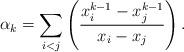
LaTeX: \begin{align*}\alpha_k = \sum_{i<j}\left(\frac{x_i^{k-1}-x_j^{k-1}}{x_i-x_j}\right).\end{align*}